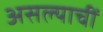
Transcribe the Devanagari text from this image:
असल्याचीं